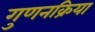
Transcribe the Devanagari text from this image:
गुणनक्रिया